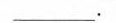
___.